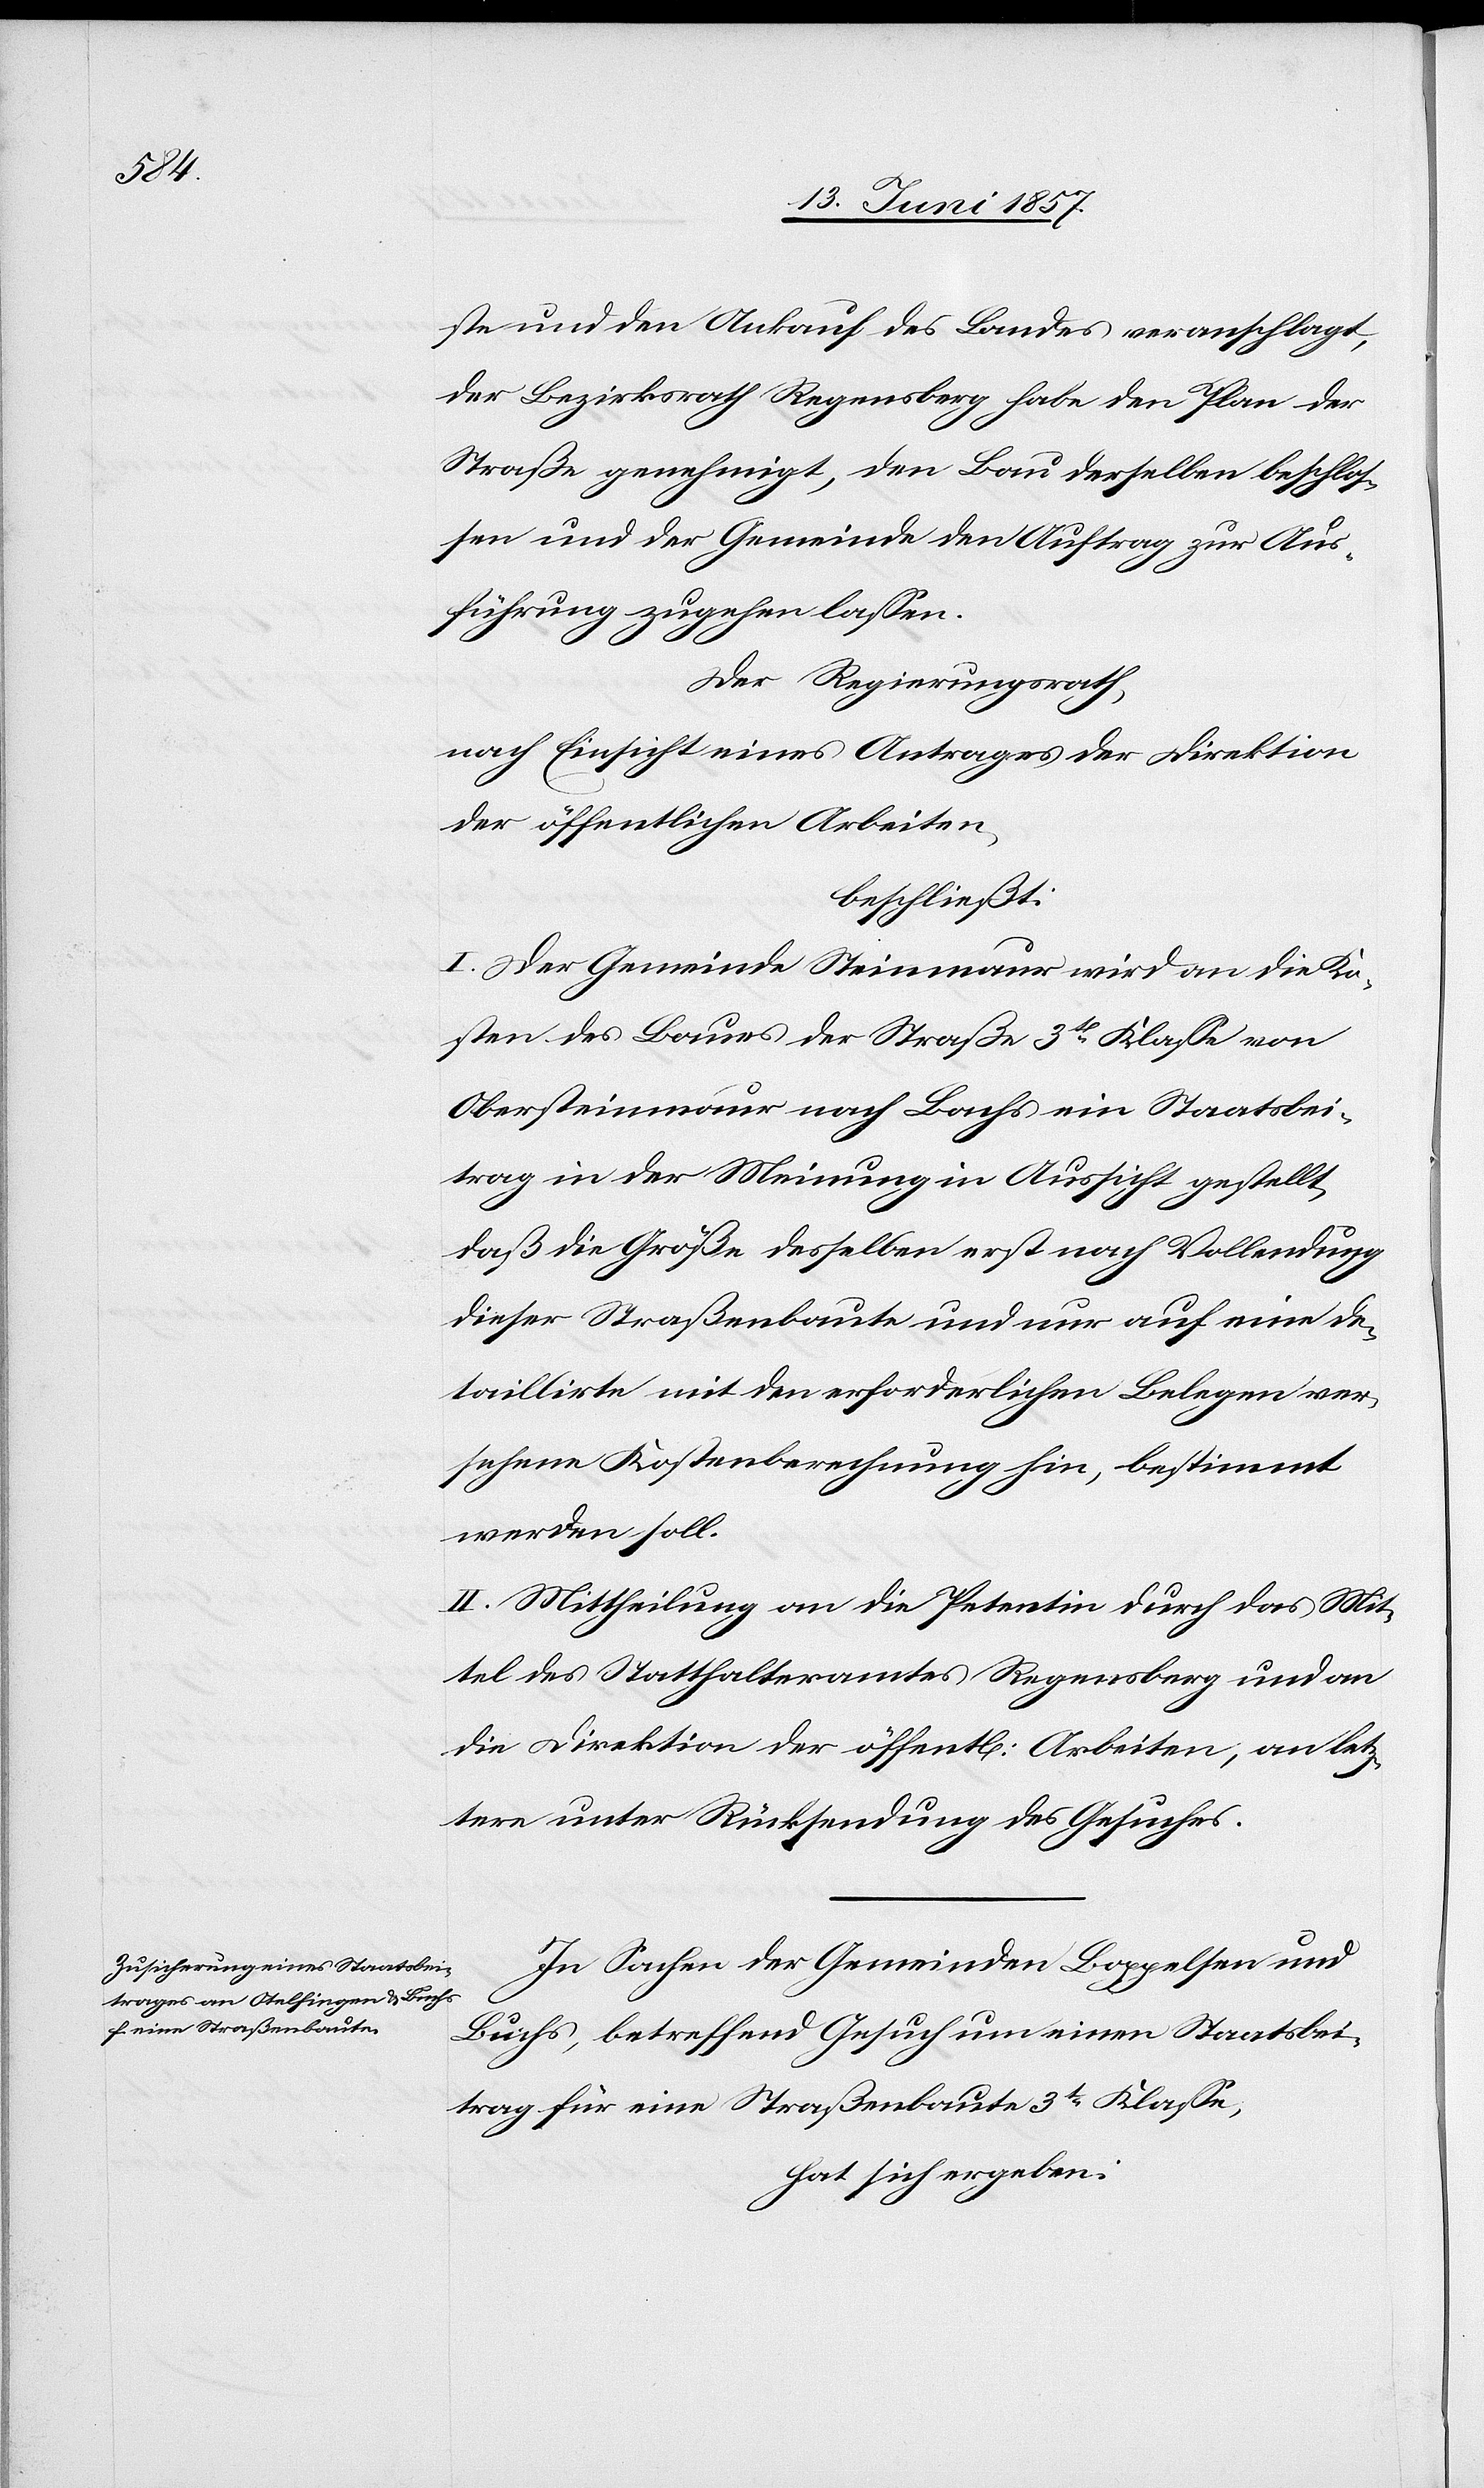
ste und den Ankauf des Landes veranschlagt,
der Bezirksrath Regensberg habe den Plan der
Straße genehmigt, den Bau derselben beschlos¬
sen und der Gemeinde den Auftrag zur Aus¬
führung zugehen lassen.
Der Regierungsrath,
nach Einsicht eines Antrages der Direktion
der öffentlichen Arbeiten,
beschließt:
I. Der Gemeinde Steinmaur wird an die Ko¬
sten des Baues der Straße 3tr Klasse von
Obersteinmaur nach Bachs ein Staatsbei¬
trag in der Meinung in Aussicht gestellt,
daß die Größe desselben erst nach Vollendung
dieser Straßenbaute und nur auf eine de¬
taillirte mit den erforderlichen Belegen ver¬
sehene Kostenberechnung hin, bestimmt
werden soll.
II. Mittheilung an die Petentin durch das Mit¬
tel des Statthalteramtes Regensberg und an
die Direktion der öffentl. Arbeiten, an letz¬
tere unter Rücksendung des Gesuches.
In Sachen der Gemeinden Boppelsen und
Buchs, betreffend Gesuch um einen Staatsbei¬
trag für eine Straßenbaute 3tr Klasse,
hat sich ergeben: